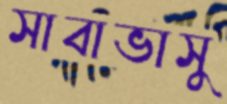
সাবাভাসু